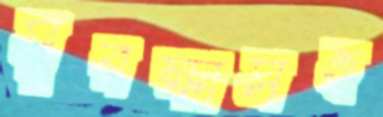
সুরক্ষাসহ